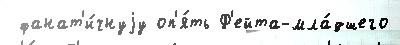
 фанат'и́чнуjу оп'я́ть Ф'ейта-мла́дшего